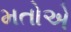
મતોએ